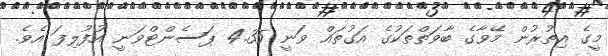
މީގެ އިތުރުން މޭވާގެ ބާވަތްތަކުގެ އަގުތައް ވަނީ 4.35 ޕަސެންޓްވަނީ އުފުލިފަ އެވެ.